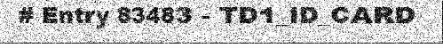
# Entry 83483 - TD1_ID_CARD